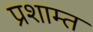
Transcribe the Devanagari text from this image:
प्रशाम्त